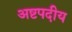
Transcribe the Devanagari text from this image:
अष्टपदीय